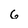
Character: 6